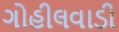
ગોહીલવાડી